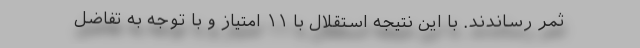
ثمر رساندند. با این نتیجه استقلال با ۱۱ امتیاز و با توجه به تفاضل